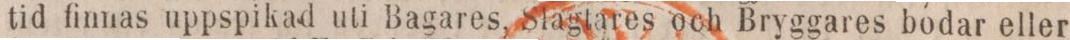
tid finnas uppspikad uti Bagares, Slagtares och Bryggares bodar eller